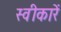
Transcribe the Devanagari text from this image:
स्वीकारें